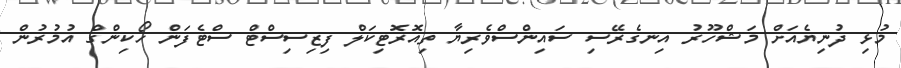
މުޅި ދުނިޔެއަށް މަޝްހޫރު އިނގެރޭސި ސައިންސްވެރިޔާ ތިއޮރޮޓިކަލް ފިޒިސިސްޓް ސްޓެފަން ހޯކިންގް އުމުރުން